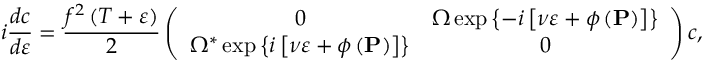
i \frac { d c } { d \varepsilon } = \frac { f ^ { 2 } \left( T + \varepsilon \right) } { 2 } \left( \begin{array} { c c } { 0 } & { \Omega \exp \left\{ - i \left[ \nu \varepsilon + \phi \left( \mathbf { P } \right) \right] \right\} } \\ { \Omega ^ { \ast } \exp \left\{ i \left[ \nu \varepsilon + \phi \left( \mathbf { P } \right) \right] \right\} } & { 0 } \end{array} \right) c ,